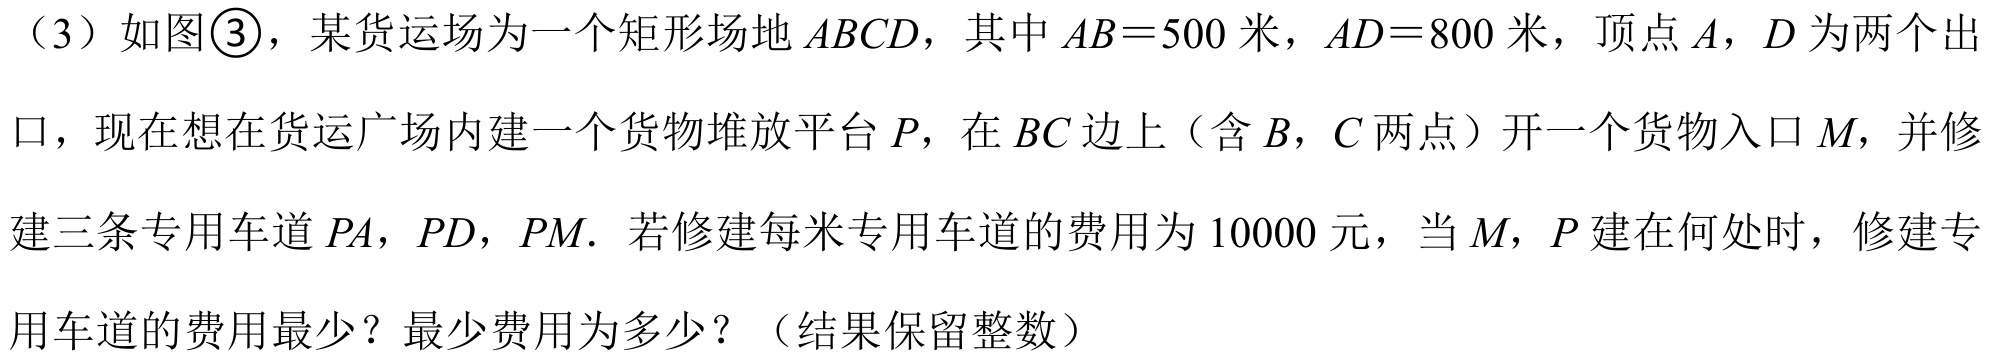
（3）如图\textcircled{3}，某货运场为一个矩形场地\(ABCD\)，其中\(AB = 500\)米，\(AD = 800\)米，顶点\(A\)，\(D\)为两个出口，现在想在货运广场内建一个货物堆放平台\(P\)，在\(BC\)边上（含\(B\)，\(C\)两点）开一个货物入口\(M\)，并修建三条专用车道\(PA\)，\(PD\)，\(PM\). 若修建每米专用车道的费用为\(10000\)元，当\(M\)，\(P\)建在何处时，修建专用车道的费用最少？最少费用为多少？（结果保留整数）